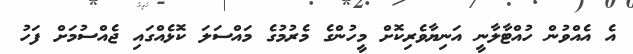
އެ އެއްވުން ހުއްޓާލާނީ އަނިޔާވެރިކޮށް މީހުންގެ މެރުމުގެ މައްސަލަ ކޮޅެއްގައި ޖެއްސުމަށް ފަހު